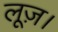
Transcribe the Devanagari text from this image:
लूज़।